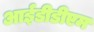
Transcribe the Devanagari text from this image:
आईडीडीएम